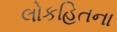
લોકહિતના